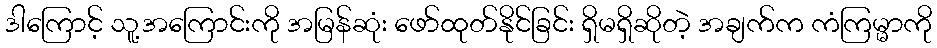
ဒါကြောင့် သူ့အကြောင်းကို အမြန်ဆုံး ဖော်ထုတ်နိုင်ခြင်း ရှိမရှိဆိုတဲ့ အချက်က ကံကြမ္မာကို